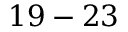
1 9 - 2 3